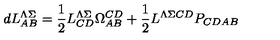
d L _ { A B } ^ { \Lambda \Sigma } = { \frac { 1 } { 2 } } L _ { C D } ^ { \Lambda \Sigma } \Omega _ { A B } ^ { C D } + { \frac { 1 } { 2 } } L ^ { \Lambda \Sigma C D } P _ { C D A B }